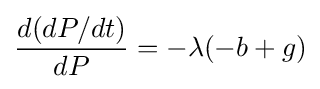
{\frac {d(dP/dt)}{dP}}=-\lambda (-b+g)